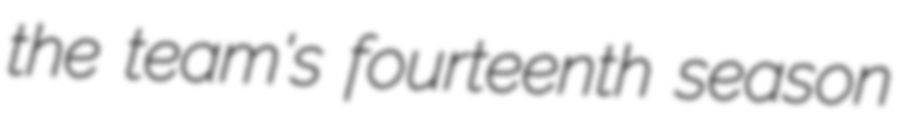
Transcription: the team's fourteenth season